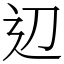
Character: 辺